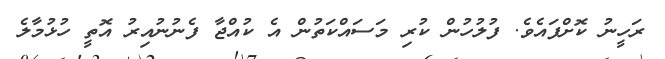
ރަހީނު ކޮށްފައެވެ. ފުލުހުން ކުރި މަސައްކަތުން އެ ކުއްޖާ ފެނުނުއިރު އޮތީ ހުޅުމާލެ